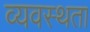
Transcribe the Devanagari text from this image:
व्यवस्थता